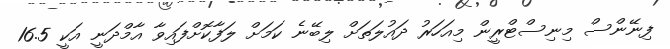
ފިނޭންސް މިނިސްޓްރީން މިއަހަރު ދައުލަތަށް ލިބޭނެ ކަމަށް ލަފާކޮށްފައިވާ އާމްދަނީ އަކީ 16.5